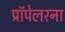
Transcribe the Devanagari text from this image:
प्रॉपेलरना